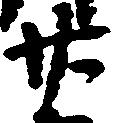
廿